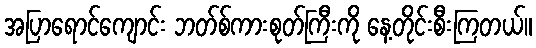
အပြာရောင်ကျောင်း ဘတ်စ်ကားစုတ်ကြီးကို နေ့တိုင်းစီးကြတယ်။